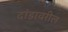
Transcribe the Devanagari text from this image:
दांडावरील